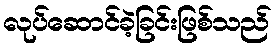
လုပ်ဆောင်ခဲ့ခြင်းဖြစ်သည်